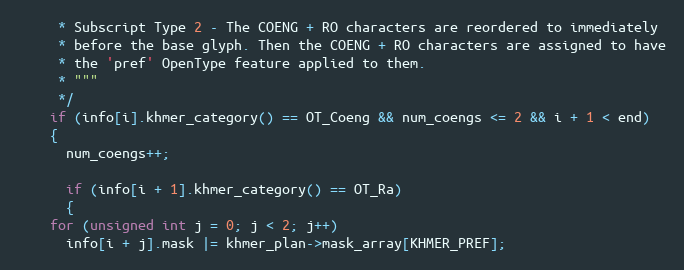
Language: C++
     * Subscript Type 2 - The COENG + RO characters are reordered to immediately
     * before the base glyph. Then the COENG + RO characters are assigned to have
     * the 'pref' OpenType feature applied to them.
     * """
     */
    if (info[i].khmer_category() == OT_Coeng && num_coengs <= 2 && i + 1 < end)
    {
      num_coengs++;

      if (info[i + 1].khmer_category() == OT_Ra)
      {
	for (unsigned int j = 0; j < 2; j++)
	  info[i + j].mask |= khmer_plan->mask_array[KHMER_PREF];